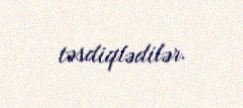
təsdiqlədilər.